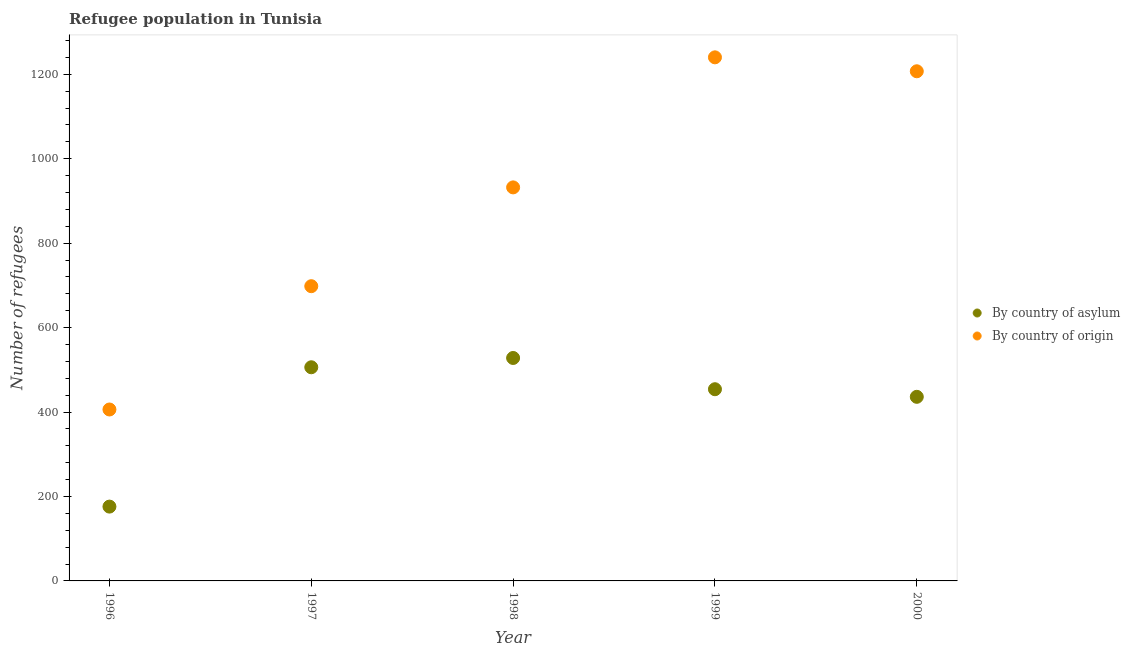
| Year | By country of asylum | By country of origin |
 | --- | --- | --- |
 | 1996 | 176 | 406 |
 | 1997 | 506 | 698 |
 | 1998 | 528 | 932 |
 | 1999 | 454 | 1.24e+03 |
 | 2000 | 436 | 1.21e+03 |